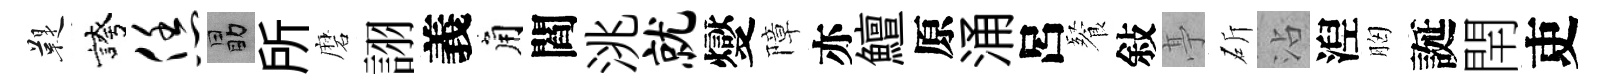
鞮誇恁勗所磨詡義角閻洮就燮障亦鱣原涌呂餐敍𠅘斫沾湼胸誕閈吏